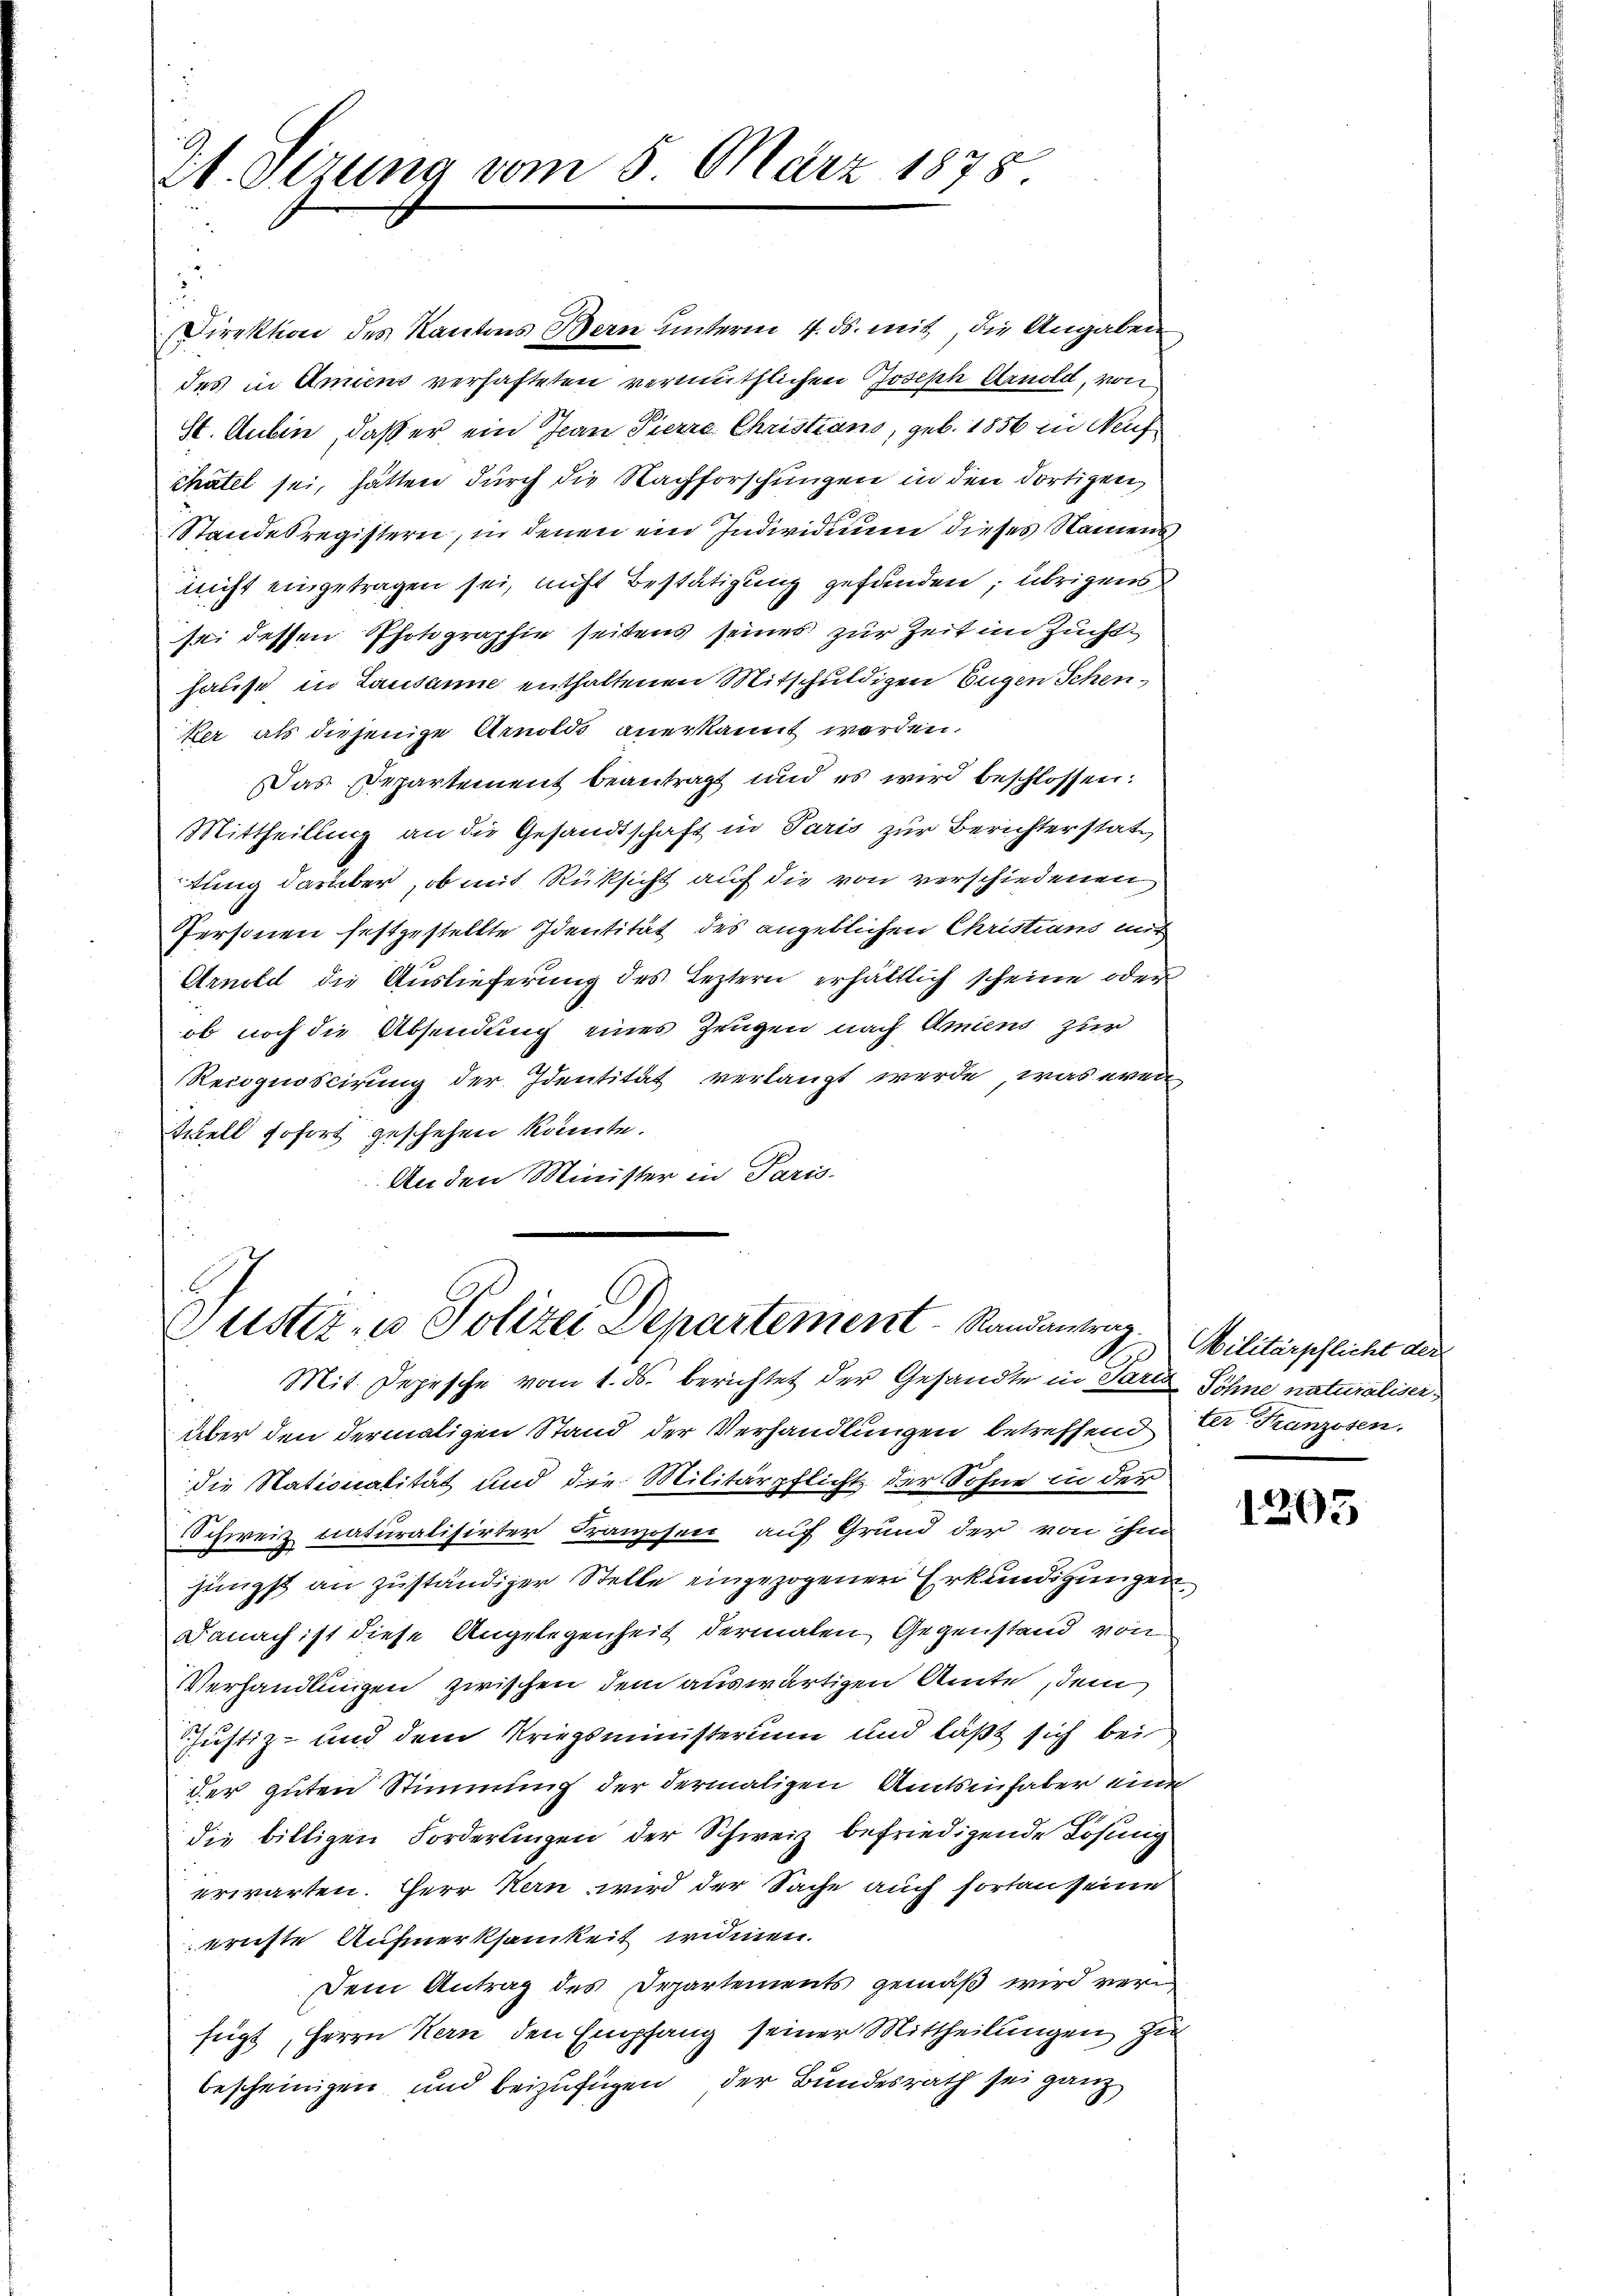
St. Gizung vom 5. März 1878

des in Amiens verhafteten vermuthlichen Joseph Arnold, von
St. Aubin, daß er ein Jean Pierra Christians, geb. 1856 in Auf
chatel sei, hätten durch die Nachforschungen in den dortigen,
x
Standesregisterei, in denen ein Individium dieses Namens
nicht eingetragen sei, nicht Bestätigung gefunden; übrigens
sei dessen Photographie seitens seines zur Zeit im Zuchthause in Lausanne enthaltenen Mitschuldigen Eugen Schen,
ker als diejenige Arnolds anerkannt werden.
Das Repartement beantragt und es wird beschlossen:
Mittheillung an die Gesandtschaft in Paris zur Berichterstattung darüber, ob mit Rüksicht auf die von verschiedenen
Personen festgestellte Identität des angeblichen Christians mir
Arnold die Auslieferung des Leztern erhältlich scheine oder
ob noch die Absendung eines Zeugen nach Anniens zur
Recognoscirung der Identität verlangt werde, was erede
Tchell sofort geschehen könnte.
An den Minister in Paris.

Direktion des Kantons Bern unterm 4. ds. mit die Angaben

Justiz- u Polizei Departement Randantrag
Mit Depesche vom 1. ds. berichtet der Gesandte in Parte Söhne naturaliser

über den dermaligen Stand der Verhandlungen betreffend Dr. Franzosen,
die Stationalität und die Militärpflicht der Sohne in der
Schweiz naturalisirter Franzosen auf Grund der von ihm
jüngst an zuständiger Stelle eingezogenen Erkundigungen.
Danach ist diese Angelegenheit dermalen Gegenstand von
Verhandlungen zwischen dem auswärtigen Amte, dem
Justiz- und dem Kriegsministerium und läßt sich bei
der guten Stimmung der dermaligen Amtsinhaber eine
die billigen Forderungen der Schweiz befriedigende Lösung
erwarten. Herr Kern wird der Sache auch fortan seine
prichte Aufmerksamkeit widmen.
Dem Antrag des Departements gemäß wird verfügt, Herrn Kern den Empfang seiner Mittheilungen zu
bescheinigen und beizufügen, der Bundesrath sei ganz

Militärpflicht der

1205